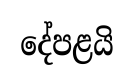
දේපළයි